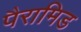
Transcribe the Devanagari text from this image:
पैरामिड